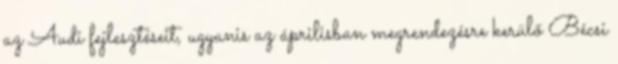
az Audi fejlesztéseit, ugyanis az áprilisban megrendezésre kerülő Bécsi